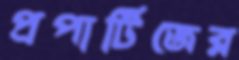
প্রপার্টিজের